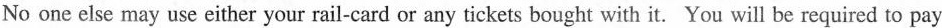
No one else may use either your rail-card or any tickets bought with it. You will be required to pay